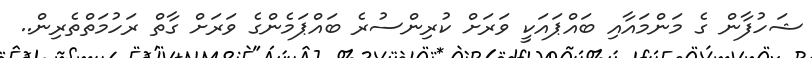
ޝަހުފާން ގެ މަންމައާއި ބައްޕައަކީ ވަރަށް ކުރިންސުރެ ބައްޕަމެންގެ ވަރަށް ގާތް ރަހުމަތްތެރިން..